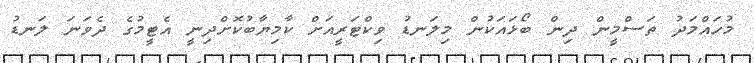
މުހައްމަދު ތަސްމީން ދިން ބޯޅައަކުން މިލަނޑު ވިކްޓަރީއަށް ކާމިޔާބުކޮށްދިނީ އެޓީމުގެ ދެވަނަ ލަނޑު